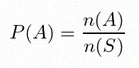
P(A)=\frac{n(A)}{n(S)}